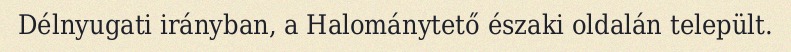
Délnyugati irányban, a Halománytető északi oldalán települt.